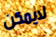
لايمكن